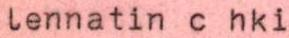
lennatin c hki